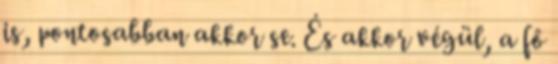
is, pontosabban akkor se. És akkor végül, a fő